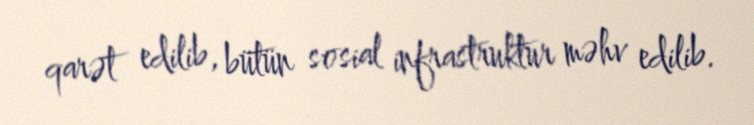
qarət edilib, bütün sosial infrastruktur məhv edilib.